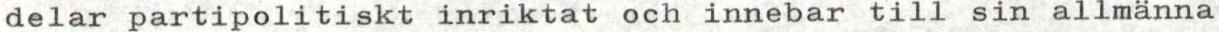
delar partipolitiskt inriktat och innebar till sin allmänna